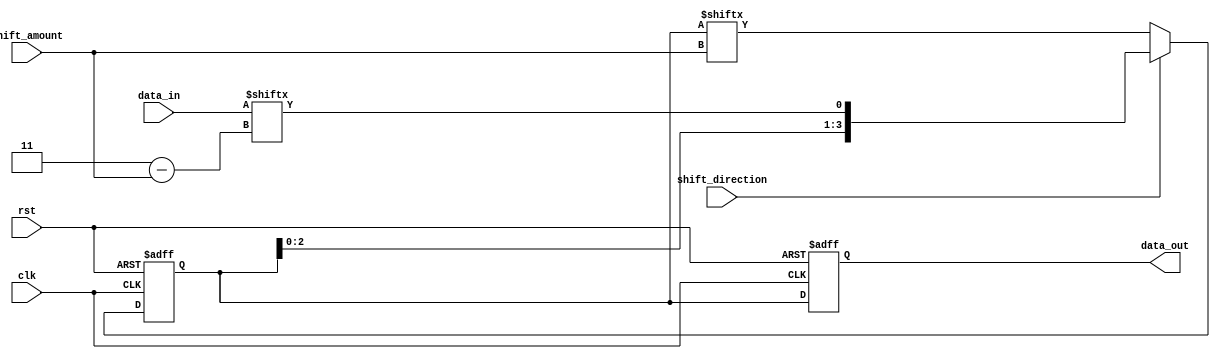
module Barrel_Shifter(
    input wire clk,
    input wire rst,
    input wire [3:0] data_in,
    input wire [3:0] shift_amount,
    input wire shift_direction, // 0 for right shift, 1 for left shift
    output reg [3:0] data_out
);

reg [3:0] data_temp;

always @(posedge clk or posedge rst) begin
    if (rst) begin
        data_temp <= 4'b0000;
        data_out <= 4'b0000;
    end else begin
        if (shift_direction == 1) begin
            data_temp <= {data_temp[3 - shift_amount: 0], data_in[3: 3 - shift_amount]};
        end else begin
            data_temp <= {data_in[shift_amount - 1: 0], data_temp[3: shift_amount]};
        end
        data_out <= data_temp;
    end
end

endmodule